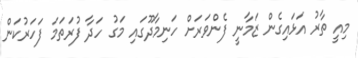
މިއީ ތާރު އަޅައިގެން ޒަމާނީ ފެންވަރަށް ހަނިމާދޫގައި މަގު ހަދާ ފުރަތަމަ ފަހަރުކަން